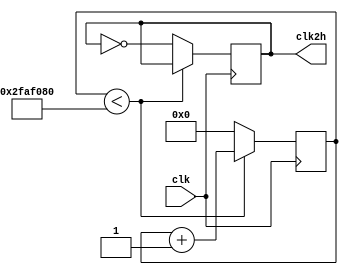
module DIVFREQ(clk,clk2h);

input clk;
output reg clk2h;

reg [27:0] count;

always @(posedge clk)begin 
	
	if(count<50_000_000)begin
		
		count = count + 1; 	
		
		end
	
	else begin
	
		clk2h = !clk2h;
		count = 0;
		
		end
end 
endmodule